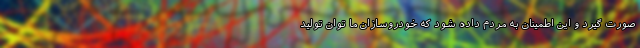
صورت گیرد و این اطمینان به مردم داده شود که خودروسازان ما توان تولید